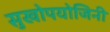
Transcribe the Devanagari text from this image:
सुखोपयोजिनी